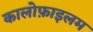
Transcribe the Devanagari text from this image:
कालोफ़ाइलम